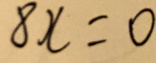
8 x = 0